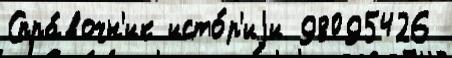
Спра́вочн'ик исто́р'иjи 98095426